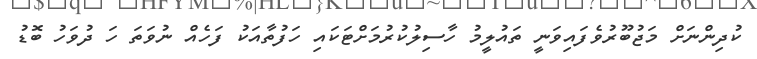
ކުދިންނަށް މަޖުބޫރުވެފައިވަނީ ތައުލީމު ހާސިލުކުރުމަށްޓަކައި ހަފުތާއަކު ފަހެއް ނުވަތަ ހަ ދުވަހު ބޮޑު